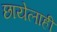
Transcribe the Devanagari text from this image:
छायेलाही